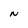
Character: N